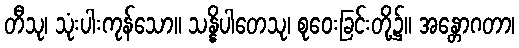
တီသု၊ သုံးပါးကုန်သော။ သန္နိပါတေသု၊ စုဝေးခြင်းတို့၌။ အန္တောဂတာ၊